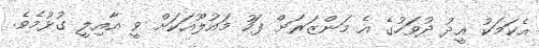
އެކަމަކު އީދު ދުވަހުގެ އެ މަންޒަރަށް ފަހު މައުލޫއަކަށް ވީ އާއިލީ ގުޅުމެވެ.